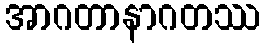
အာဂတာနာဂတဿ